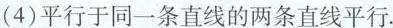
(4)平行于同一条直线的两条直线平行。